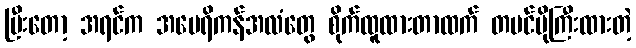
ပြီးတော့ အရင်က အမေရိကန်အလံတွေ စိုက်ထူထားတာထက် တမင်ပိုကြီးထားတဲ့